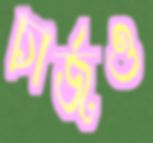
চার্জও